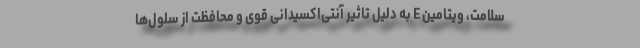
سلامت، ویتامین E به‌ دلیل تاثیر آنتی‌اکسیدانی قوی و محافظت از سلول‌ها